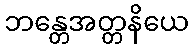
ဘန္တေအတ္တနိယေ